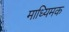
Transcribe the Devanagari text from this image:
माध्यिमक